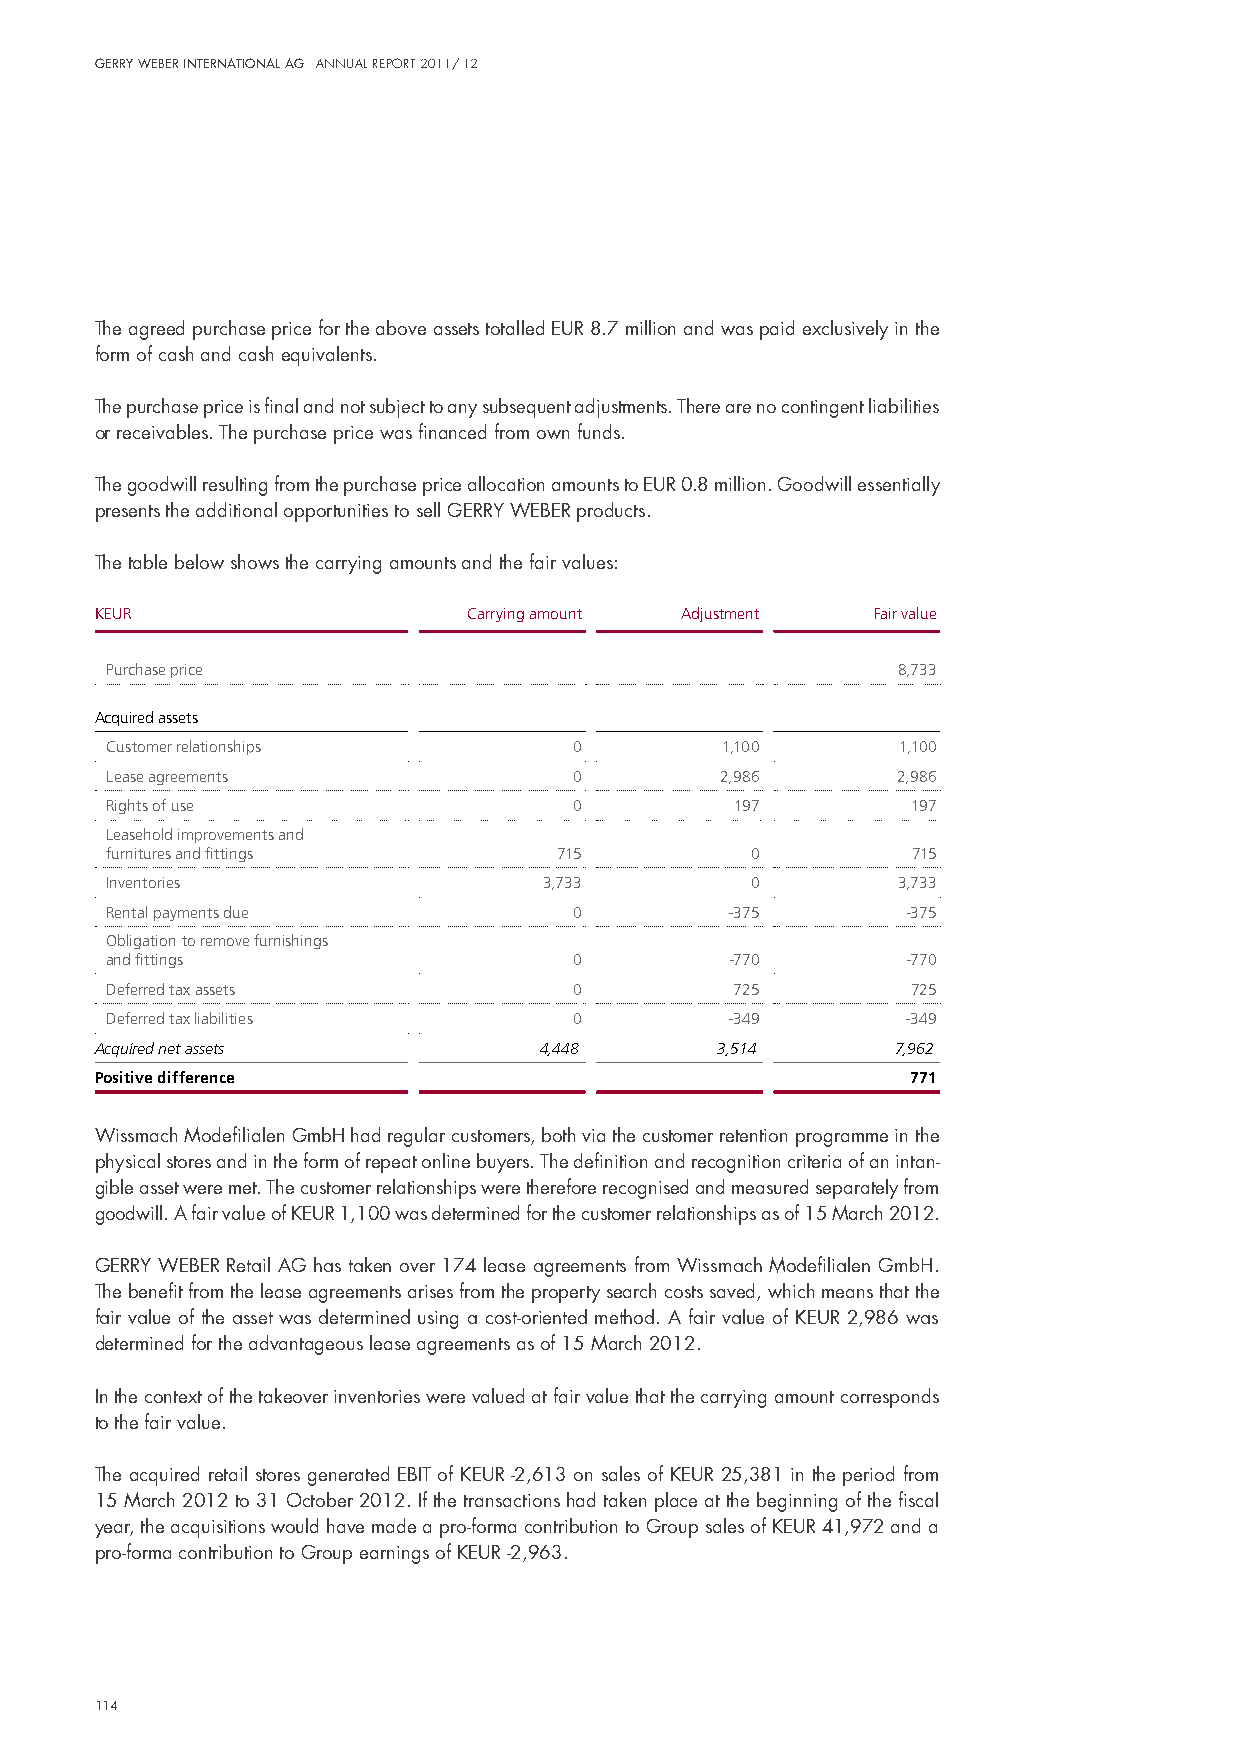
Gerry Weber InternatIonal aG annual report 2011/ 12
 The agreed purchase price for the above assets totalled euR 8.7 million and was paid exclusively in the
 form of cash and cash equivalents.
 The purchase price is final and not subject to any subsequent adjustments. There are no contingent liabilities
 or receivables. The purchase price was financed from own funds.
 The goodwill resulting from the purchase price allocation amounts to euR 0.8 million. Goodwill essentially
 presents the additional opportunities to sell GeRRY WeBeR products.
 The table below shows the carrying amounts and the fair values:
 KEUR                     Carrying amount Adjustment Fair value
 Purchase price                                      8,733
 Acquired assets
 Customer relationships         0         1,100      1,100
 Lease agreements               0         2,986      2,986
 Rights of use                  0          197        197
 Leasehold improvements and
 furnitures and fittings       715          0         715
 Inventories                  3,733         0        3,733
 Rental payments due            0         -375        -375
 Obligation to remove furnishings
 and fittings                   0         -770        -770
 Deferred tax assets            0          725        725
 Deferred tax liabilities       0         -349        -349
 Acquired net assets           4,448      3,514       7,962
 Positive difference                                   771
 Wissmach modefilialen Gmbh had regular customers, both via the customer retention programme in the
 physical stores and in the form of repeat online buyers. The definition and recognition criteria of an intan-
 gible asset were met. The customer relationships were therefore recognised and measured separately from
 goodwill. A fair value of KeuR 1,100 was determined for the customer relationships as of 15 march 2012.
 GeRRY WeBeR Retail AG has taken over 174 lease agreements from Wissmach modefilialen Gmbh.
 The benefit from the lease agreements arises from the property search costs saved, which means that the
 fair value of the asset was determined using a cost-oriented method. A fair value of KeuR 2,986 was
 determined for the advantageous lease agreements as of 15 march 2012.
 in the context of the takeover inventories were valued at fair value that the carrying amount corresponds
 to the fair value.
 The acquired retail stores generated eBiT of KeuR -2,613 on sales of KeuR 25,381 in the period from
 15 march 2012 to 31 october 2012. if the transactions had taken place at the beginning of the fiscal
 year, the acquisitions would have made a pro-forma contribution to Group sales of KeuR 41,972 and a
 pro-forma contribution to Group earnings of KeuR -2,963.
 114